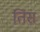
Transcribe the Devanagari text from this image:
तिंस